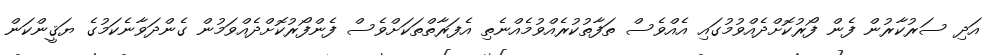
އަދި ސަރުކާރުން ފެން ފޯރުކޮށްދެއްވުމުގައި އެއްވެސް ތަފާތުކުރެއްވުމެއްނެތި އެފަރާތްތަކަށްވެސް ފެންފޯރުކޮށްދެއްވަމުން ގެންދަވާނެކަމުގެ ޔަޤީންކަން